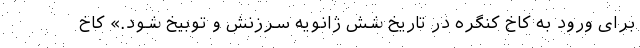
برای ورود به کاخ کنگره در تاریخ شش ژانویه سرزنش و توبیخ شود.» کاخ